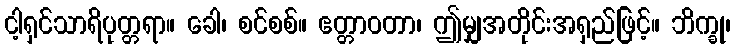
ငါ့ရှင်သာရိပုတ္တရာ။ ခေါ၊ စင်စစ်။ ဧတ္တာဝတာ၊ ဤမျှအတိုင်းအရှည်ဖြင့်။ ဘိက္ခု၊